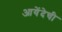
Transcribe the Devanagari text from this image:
आयेंदेची